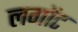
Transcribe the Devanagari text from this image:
लगोंट